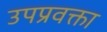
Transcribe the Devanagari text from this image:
उपप्रवक्ता